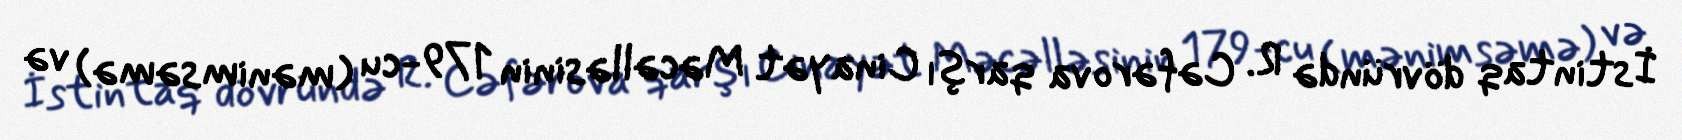
İstintaq dövründə R. Cəfərova qarşı Cinayət Məcəlləsinin 179-cu (mənimsəmə) və